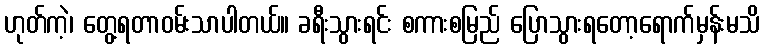
ဟုတ်ကဲ့၊ တွေ့ရတာဝမ်းသာပါတယ်။ ခရီးသွားရင်း စကားစမြည် ပြောသွားရတော့ရောက်မှန်းမသိ